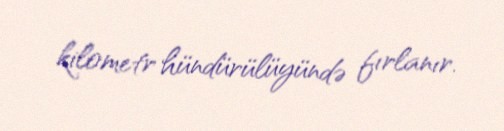
kilometr hündürülüyündə fırlanır.